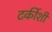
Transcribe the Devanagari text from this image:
टर्कीशी